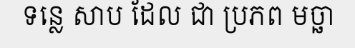
ទន្លេ សាប ដែល ជា ប្រភព មច្ឆា